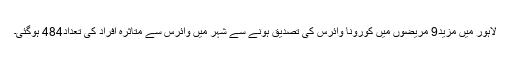
لاہور میں مزید9 مریضوں میں کورونا وائرس کی تصدیق ہونے سے شہر میں وائرس سے متاثرہ افراد کی تعداد484 ہوگئی۔